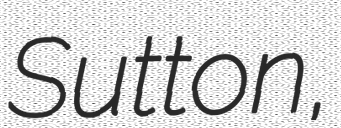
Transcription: Sutton,